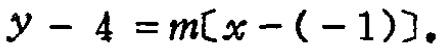
\(y - 4 = m[x - (-1)]\)